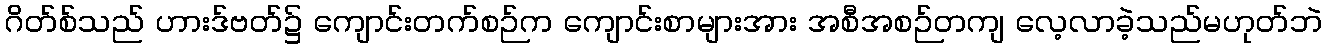
ဂိတ်စ်သည် ဟားဒ်ဗတ်၌ ကျောင်းတက်စဉ်က ကျောင်းစာများအား အစီအစဉ်တကျ လေ့လာခဲ့သည်မဟုတ်ဘဲ